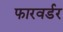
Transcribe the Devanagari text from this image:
फारवर्डर